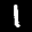
Label: 1